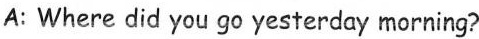
A: Where did you go yesterday morning?